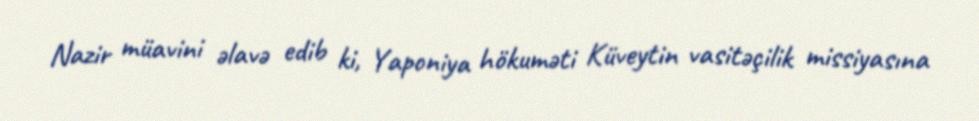
Nazir müavini əlavə edib ki, Yaponiya hökuməti Küveytin vasitəçilik missiyasına